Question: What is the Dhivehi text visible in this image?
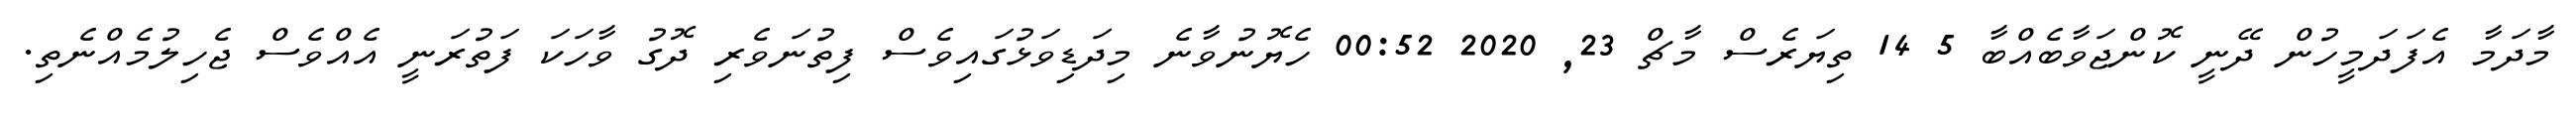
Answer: މާދަމާ އެފަދަމީހުން ދޭނީ ކޮންޖަވާބެއްބާ 5 14 ތިޔަރެސް މާޗް 23, 2020 00:52 ހެޔޮނުވާނެ މިދަޑިވަޅުގައިވެސް ފިތުނަވެރި ދޮގު ވާހަކަ ފަތުރަނީ އެއްވެސް ޖެހިލުމެއްނެތި.